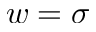
w = \sigma